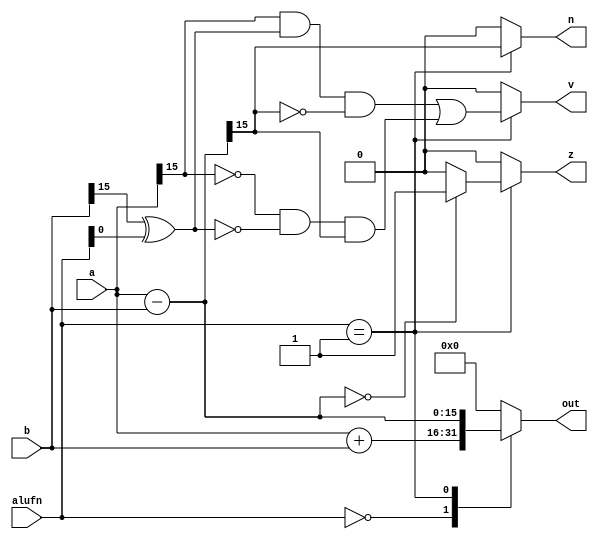
module adder_24 (
    input [5:0] alufn,
    input [15:0] a,
    input [15:0] b,
    output reg [15:0] out,
    output reg z,
    output reg v,
    output reg n
  );
  
  
  
  reg [15:0] tempresult;
  
  reg xb;
  
  always @* begin
    out = 1'h0;
    z = 1'h0;
    v = 1'h0;
    n = 1'h0;
    
    case (alufn[0+5-:6])
      6'h00: begin
        out = $signed(a) + $signed(b);
        tempresult = $signed(a) + $signed(b);
      end
      6'h01: begin
        out = $signed(a) - $signed(b);
        tempresult = $signed(a) - $signed(b);
        xb = b[15+0-:1] ^ alufn[0+0-:1];
        if (tempresult == 1'h0) begin
          z = 1'h1;
        end else begin
          z = 1'h0;
        end
        n = tempresult[15+0-:1];
        v = (a[15+0-:1] & xb & (~tempresult[15+0-:1])) | (~a[15+0-:1] & ~xb & tempresult[15+0-:1]);
      end
    endcase
  end
endmodule